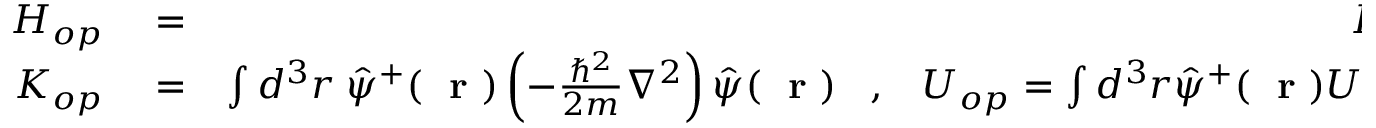
\begin{array} { r l r } { H _ { o p } } & { { } = } & { K _ { o p } + U _ { o p } } \\ { K _ { o p } } & { { } = } & { \int d ^ { 3 } r \; \hat { \psi } ^ { + } ( \mathrm { ~ \bf ~ r ~ } ) \left( - \frac { \hbar ^ { 2 } } { 2 m } \nabla ^ { 2 } \right) \hat { \psi } ( \mathrm { ~ \bf ~ r ~ } ) \; \; \; , \; \; \; U _ { o p } = \int d ^ { 3 } r \hat { \psi } ^ { + } ( \mathrm { ~ \bf ~ r ~ } ) U ( \mathrm { ~ \bf ~ r ~ } ) \hat { \psi } ( \mathrm { ~ \bf ~ r ~ } ) } \end{array}